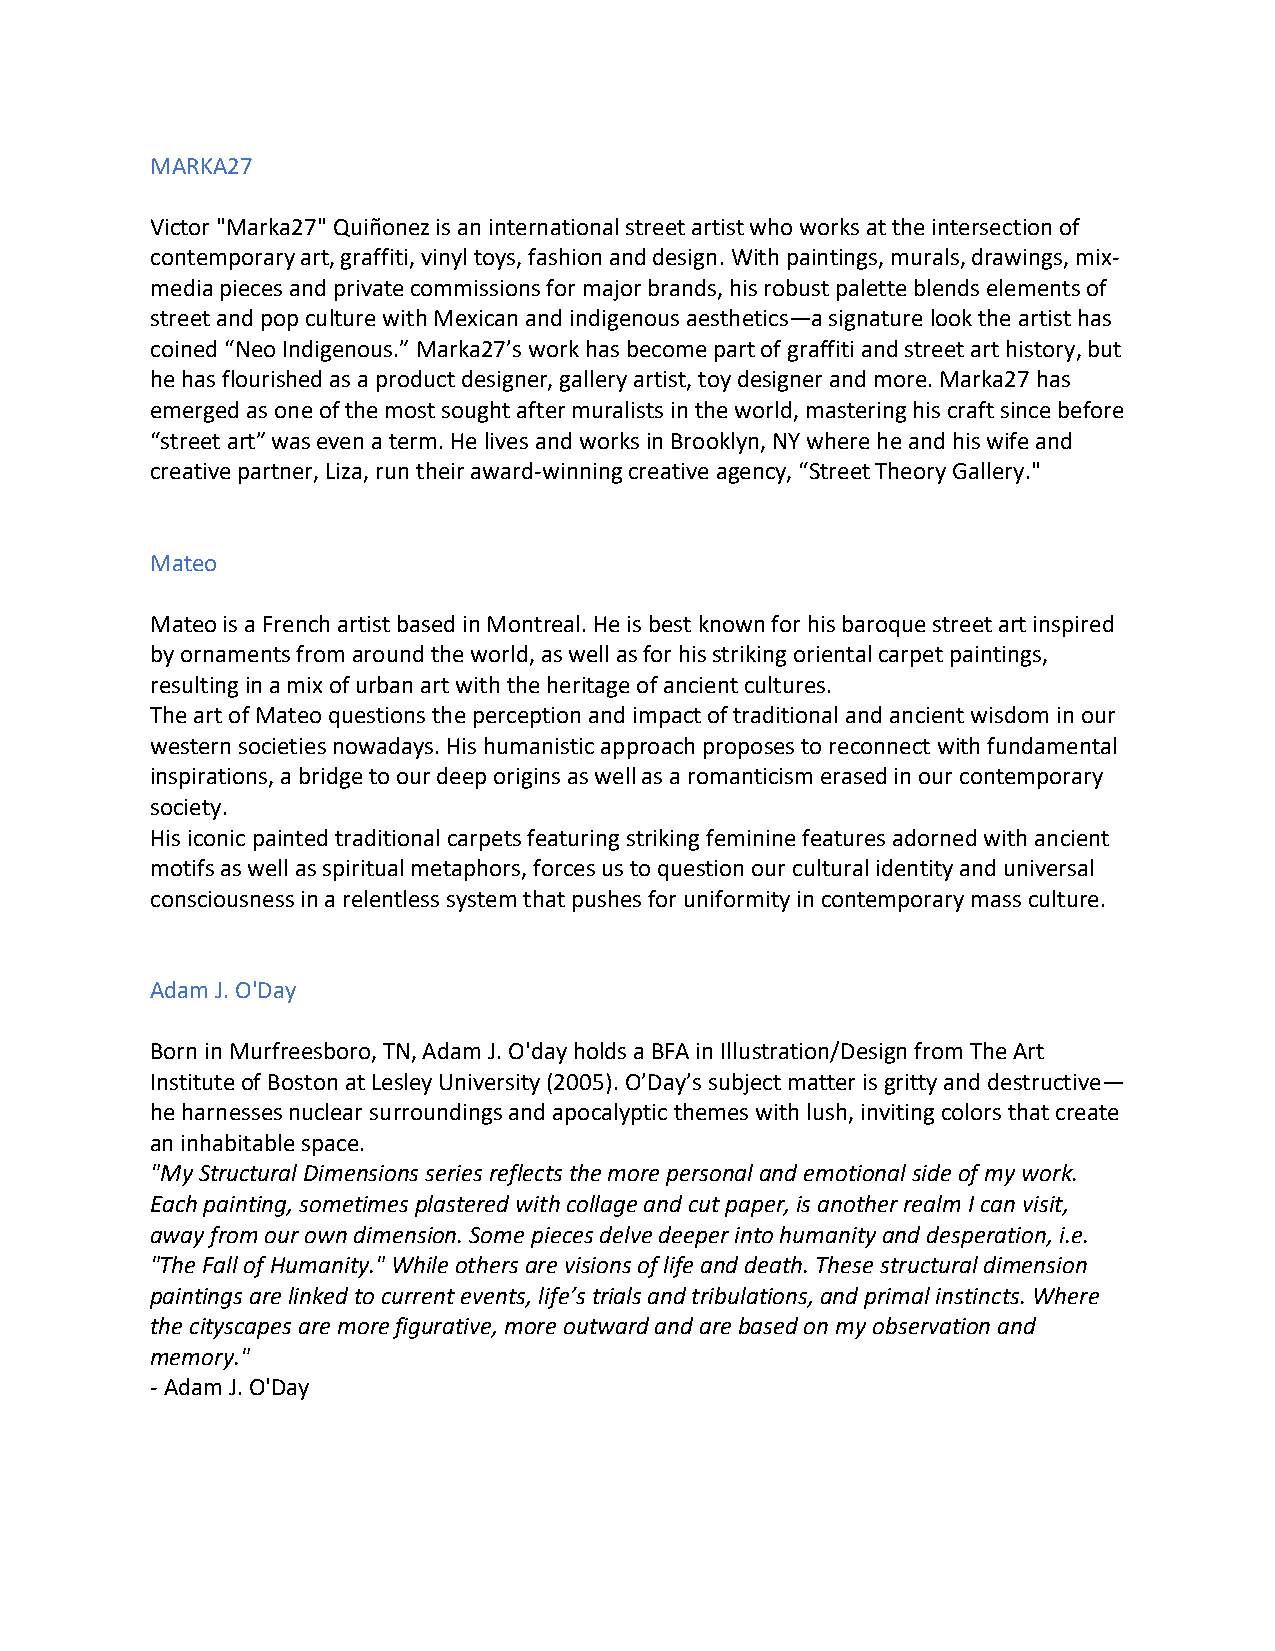
MARKA27
 Victor "Marka27" Quiñonez is an international street artist who works at the intersection of
 contemporary art, graffiti, vinyl toys, fashion and design. With paintings, murals, drawings, mix-
 media pieces and private commissions for major brands, his robust palette blends elements of
 street and pop culture with Mexican and indigenous aesthetics—a signature look the artist has
 coined “Neo Indigenous.” Marka27’s work has become part of graffiti and street art history, but
 he has flourished as a product designer, gallery artist, toy designer and more. Marka27 has
 emerged as one of the most sought after muralists in the world, mastering his craft since before
 “street art” was even a term. He lives and works in Brooklyn, NY where he and his wife and
 creative partner, Liza, run their award-winning creative agency, “Street Theory Gallery."
 Mateo
 Mateo is a French artist based in Montreal. He is best known for his baroque street art inspired
 by ornaments from around the world, as well as for his striking oriental carpet paintings,
 resulting in a mix of urban art with the heritage of ancient cultures.
 The art of Mateo questions the perception and impact of traditional and ancient wisdom in our
 western societies nowadays. His humanistic approach proposes to reconnect with fundamental
 inspirations, a bridge to our deep origins as well as a romanticism erased in our contemporary
 society.
 His iconic painted traditional carpets featuring striking feminine features adorned with ancient
 motifs as well as spiritual metaphors, forces us to question our cultural identity and universal
 consciousness in a relentless system that pushes for uniformity in contemporary mass culture.
 Adam J. O'Day
 Born in Murfreesboro, TN, Adam J. O'day holds a BFA in Illustration/Design from The Art
 Institute of Boston at Lesley University (2005). O’Day’s subject matter is gritty and destructive—
 he harnesses nuclear surroundings and apocalyptic themes with lush, inviting colors that create
 an inhabitable space.
 "My Structural Dimensions series reflects the more personal and emotional side of my work.
 Each painting, sometimes plastered with collage and cut paper, is another realm I can visit,
 away from our own dimension. Some pieces delve deeper into humanity and desperation, i.e.
 "The Fall of Humanity." While others are visions of life and death. These structural dimension
 paintings are linked to current events, life’s trials and tribulations, and primal instincts. Where
 the cityscapes are more figurative, more outward and are based on my observation and
 memory."
 - Adam J. O'Day